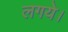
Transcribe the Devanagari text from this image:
लगये।